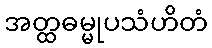
အတ္ထဓမ္မုပသံဟိတံ